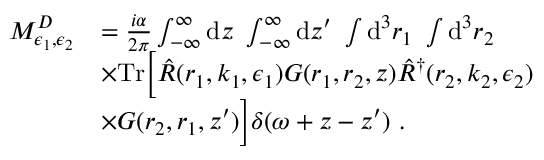
\begin{array} { r l } { M _ { \epsilon _ { 1 } , \epsilon _ { 2 } } ^ { D } } & { = \frac { i \alpha } { 2 \pi } \int _ { - \infty } ^ { \infty } \mathrm { d } z ~ \int _ { - \infty } ^ { \infty } \mathrm { d } z ^ { \prime } ~ \int \mathrm { d } ^ { 3 } \boldsymbol { r } _ { 1 } ~ \int \mathrm { d } ^ { 3 } \boldsymbol { r } _ { 2 } ~ } \\ & { \times \mathrm { T r } \Big [ \hat { R } ( \boldsymbol { r } _ { 1 } , \boldsymbol { k } _ { 1 } , \boldsymbol { \epsilon } _ { 1 } ) G ( \boldsymbol { r } _ { 1 } , \boldsymbol { r } _ { 2 } , z ) \hat { R } ^ { \dagger } ( \boldsymbol { r } _ { 2 } , \boldsymbol { k } _ { 2 } , \boldsymbol { \epsilon } _ { 2 } ) } \\ & { \times G ( \boldsymbol { r } _ { 2 } , \boldsymbol { r } _ { 1 } , z ^ { \prime } ) \Big ] \delta ( \omega + z - z ^ { \prime } ) ~ . } \end{array}